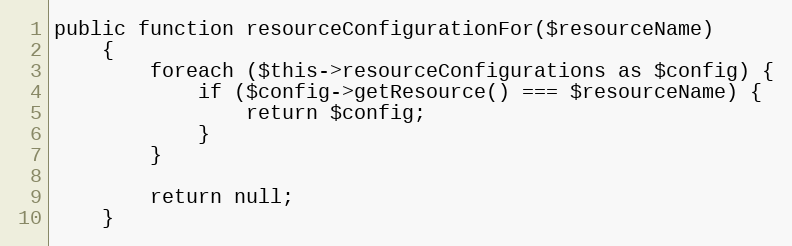
Language: PHP
public function resourceConfigurationFor($resourceName)
    {
        foreach ($this->resourceConfigurations as $config) {
            if ($config->getResource() === $resourceName) {
                return $config;
            }
        }

        return null;
    }